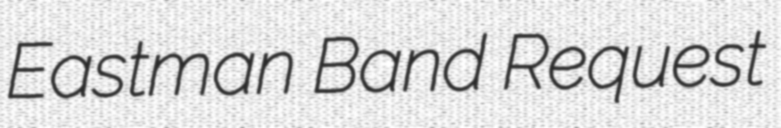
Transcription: Eastman Band Request